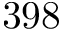
3 9 8